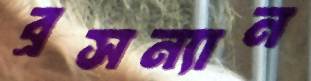
ব্রসন্যান